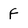
Character: f